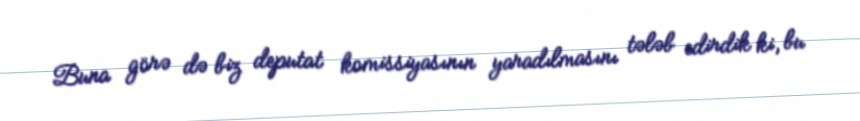
Buna görə də biz deputat komissiyasının yaradılmasını tələb edirdik ki, bu